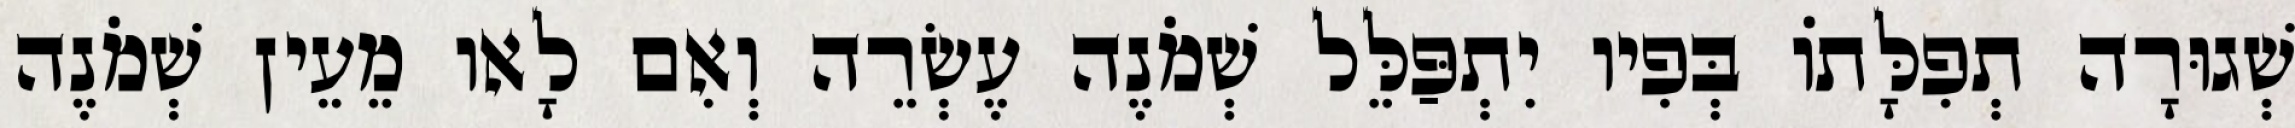
שְׁגוּרָה תְפִלָּתוֹ בְּפִיו יִתְפַּלֵּל שְׁמֹנֶה עֶשְׂרֵה וְאִם לָאו מֵעֵין שְׁמֹנֶה